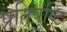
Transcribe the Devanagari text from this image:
प्रतिपुंष्टि